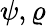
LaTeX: \psi,\varrho